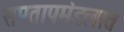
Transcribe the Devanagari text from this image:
समतापमंडलात